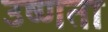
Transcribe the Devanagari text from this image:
उष्‍णता